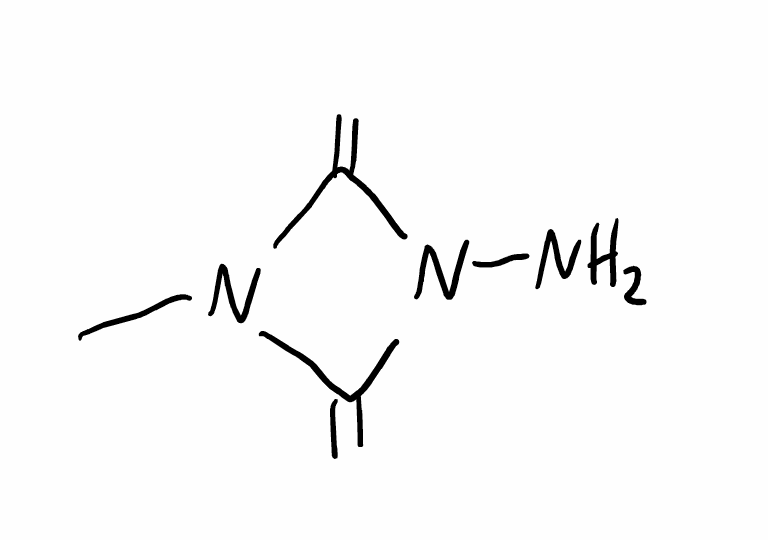
Simplified molecular-input line-entry system (SMILES) notation of the given molecule:
CN1C(=C)N(C1=C)N